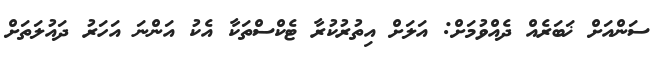
ސަންއަށް ޚަބަރެއް ދެއްވުމަށް: އަލަށް އިތުރުކުރާ ޓެކްސްތަކާ އެކު އަންނަ އަހަރު ދައުލަތަށް